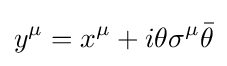
y^{\mu }=x^{\mu }+i\theta \sigma ^{\mu }{\bar {\theta }}